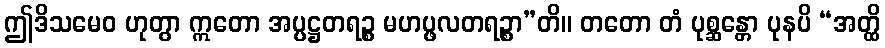
ဤဒိသမေဝ ဟုတွာ ဣတော အပ္ပဋ္ဌတရဉ္စ မဟပ္ဖလတရဉ္စာ”တိ။ တတော တံ ပုစ္ဆန္တော ပုနပိ “အတ္ထိ